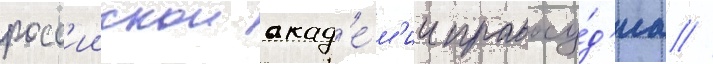
росс'иискои акад'е́м'ии правосу́д'иа //